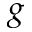
g